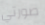
صورتي